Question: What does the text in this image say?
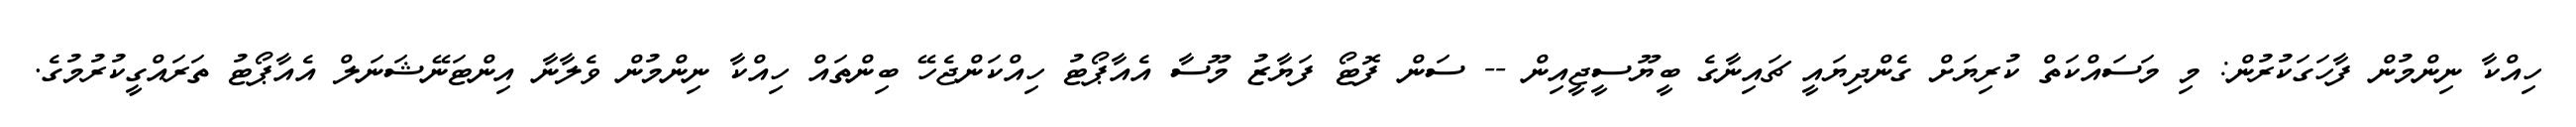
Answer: ހިއްކާ ނިންމުން ފާހަގަކުރުން: މި މަސައްކަތް ކުރިޔަށް ގެންދިޔައީ ޗައިނާގެ ބީޔޫސީޖީއިން -- ސަން ފޮޓޯ ފަޔާޒު މޫސާ އެއާޕޯޓު ހިއްކަންޖެހޭ ބިންތައް ހިއްކާ ނިންމުން ވެލާނާ އިންޓަނޭޝަނަލް އެއާޕޯޓު ތަރައްގީކުރުމުގެ.